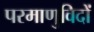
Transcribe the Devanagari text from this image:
परमाणुविदों